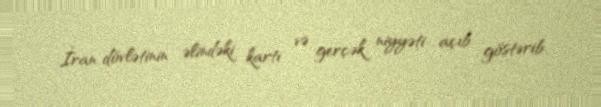
İran dövlətinin əlindəki kartı və gerçək niyyəti açıb göstərib.